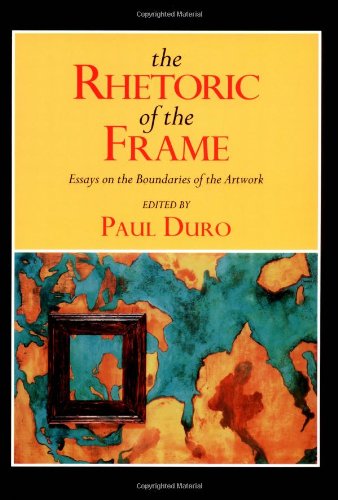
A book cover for The Rhetoric of the Frame: Essays on the Boundaries of the Artwork (Cambridge Studies in New Art History and Criticism); Crafts, Hobbies & Home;